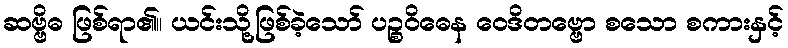
ဆဗ္ဗိဓ ဖြစ်ရာ၏။ ယင်းသို့ဖြစ်ခဲ့သော် ပဉ္စဝိဓေန ဝေဒိတဗ္ဗော စသော စကားနှင့်